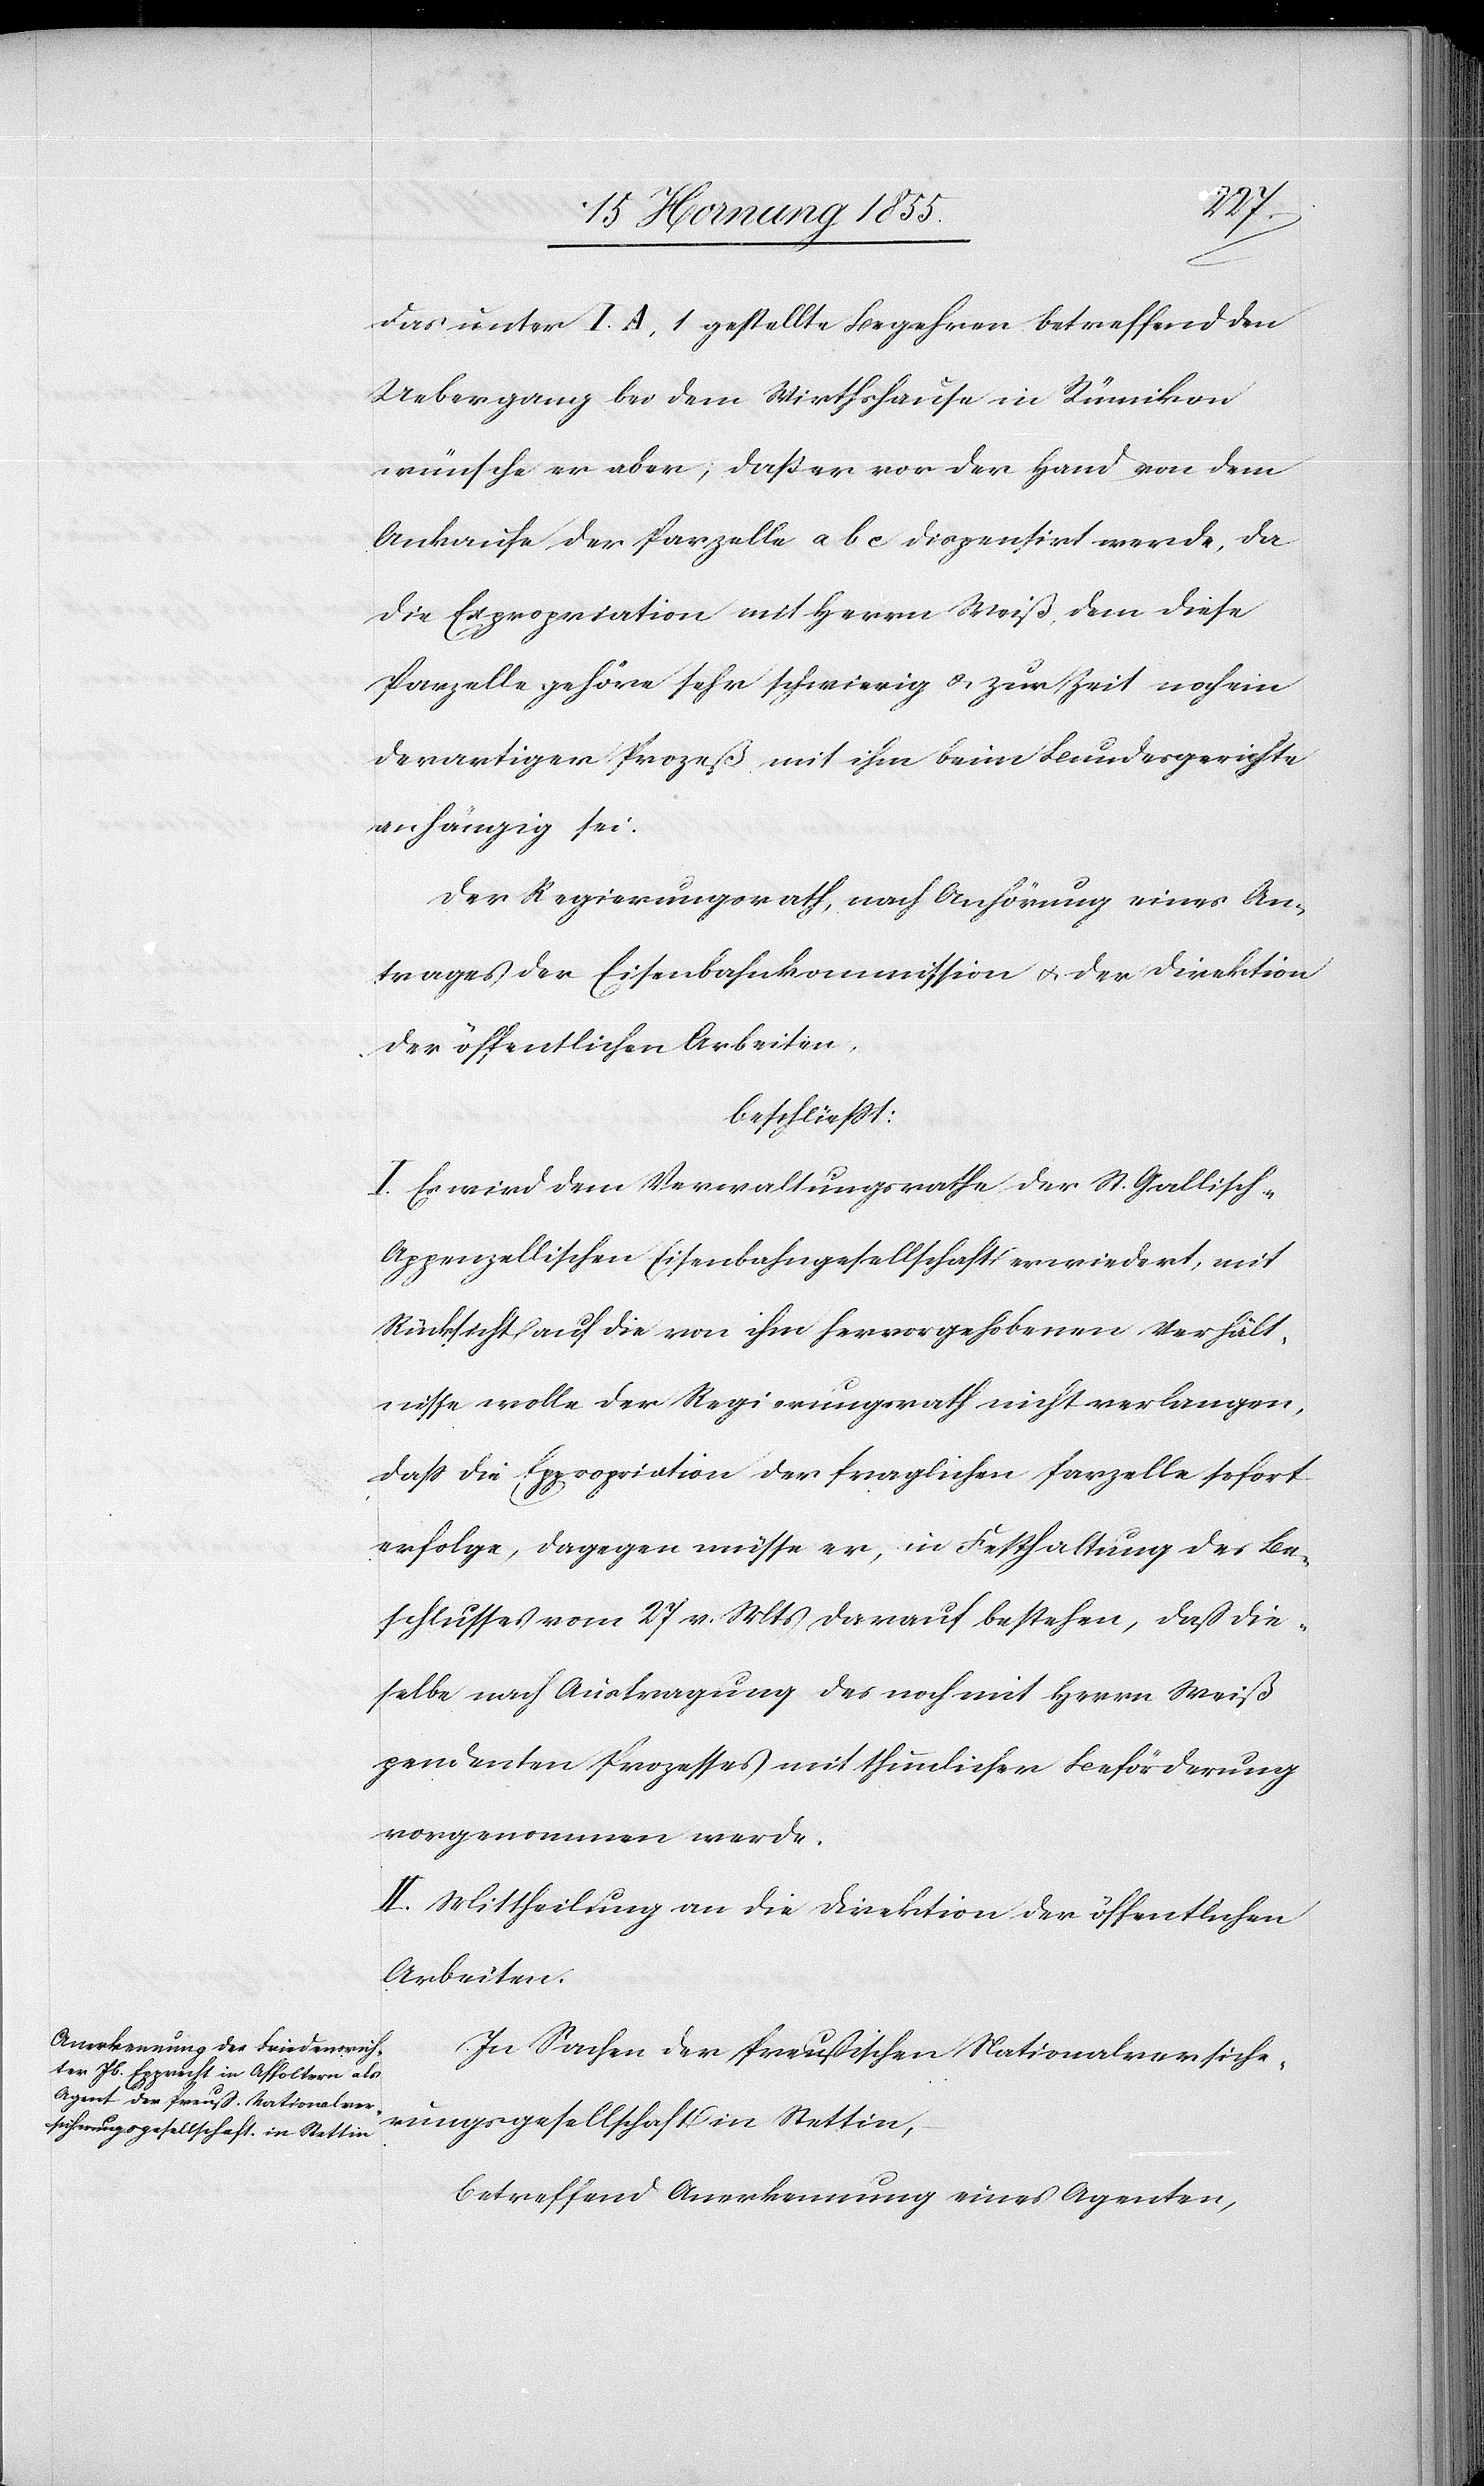
das unter I. A, 1 gestellte Begehren betreffend den
Uebergang bei dem Wirthshause in Rümikon
wünsche er aber, daß er vor der Hand von dem
Ankaufe der Parzelle a b c dispensirt werde, da
die Eppropriation [recte: Expropriation] der fraglichen
Parzelle gehöre sehr schwierig & zur Zeit noch ein
derartiger Prozeß mit ihm beim Bundesgerichte
anhängig sei.
Der Regierungsrath, nach Anhörung eines An¬
trages der Eisenbahnkommission & der Direktion
der öffentlichen Arbeiten,
beschliesst:
I. Es wird dem Verwaltungsrathe der St. Gallisch-A¬
ppenzellischen Eisenbahngesellschaft erwiedert, mit
Rücksicht auf die von ihm hervorgehobenen Verhält¬
nisse wolle der Regierungsrath nicht verlangen,
erfolge, dagegen müsse er, in Festhaltung des Be¬
schlusses vom 27 v. Mts darauf bestehen, dass die¬
selbe nach Austragung des noch mit Herrn Weiß
pendenten Prozesses mit thunlicher Beförderung
vorgenommen werde.
II. Mittheilung an die Direktion der öffentlichen
Arbeiten.
In Sachen der Preußischen Nationalversiche¬
rungsgesellschaft in Stettin,
betreffend Anerkennung eines Agenten,